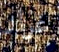
غرار